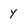
Character: y